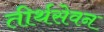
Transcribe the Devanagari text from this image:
तीर्थसेवन